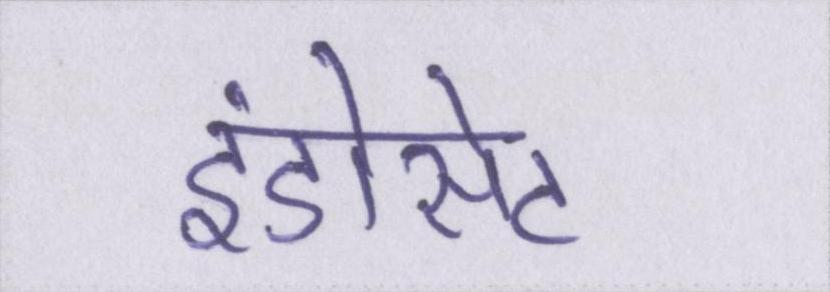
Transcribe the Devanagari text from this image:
इंडोसेट